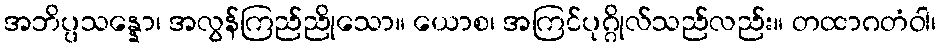
အဘိပ္ပသန္နော၊ အလွန်ကြည်ညိုသော။ ယောစ၊ အကြင်ပုဂ္ဂိုလ်သည်လည်း။ တထာဂတံဝါ၊